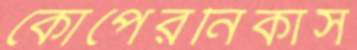
কোপেরনিকাস